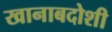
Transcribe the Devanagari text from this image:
खानाबदोशी